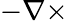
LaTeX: -\nabla\times